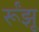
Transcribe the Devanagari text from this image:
र्रूंझू